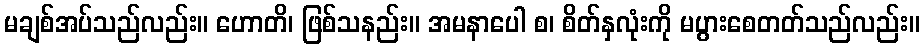
မချစ်အပ်သည်လည်း။ ဟောတိ၊ ဖြစ်သနည်း။ အမနာပေါ စ၊ စိတ်နှလုံးကို မပွားစေတတ်သည်လည်း။